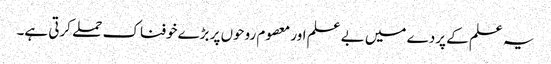
یہ علم کے پردے میں بے علم اور معصوم روحوں پر بڑےخوفناک حملے کرتی ہے۔